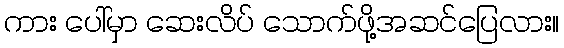
ကား ပေါ်မှာ ဆေးလိပ် သောက်ဖို့အဆင်ပြေလား။